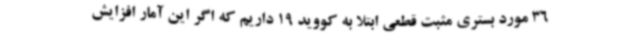
36 مورد بستری مثبت قطعی ابتلا به کووید 19 داریم که اگر این آمار افزایش